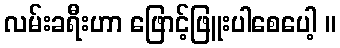
လမ်းခရီးဟာ ဖြောင့်ဖြူးပါစေပေါ့ ။